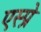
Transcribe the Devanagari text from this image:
एस्प्रे